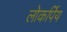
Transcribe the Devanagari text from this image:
लोकर्पिय